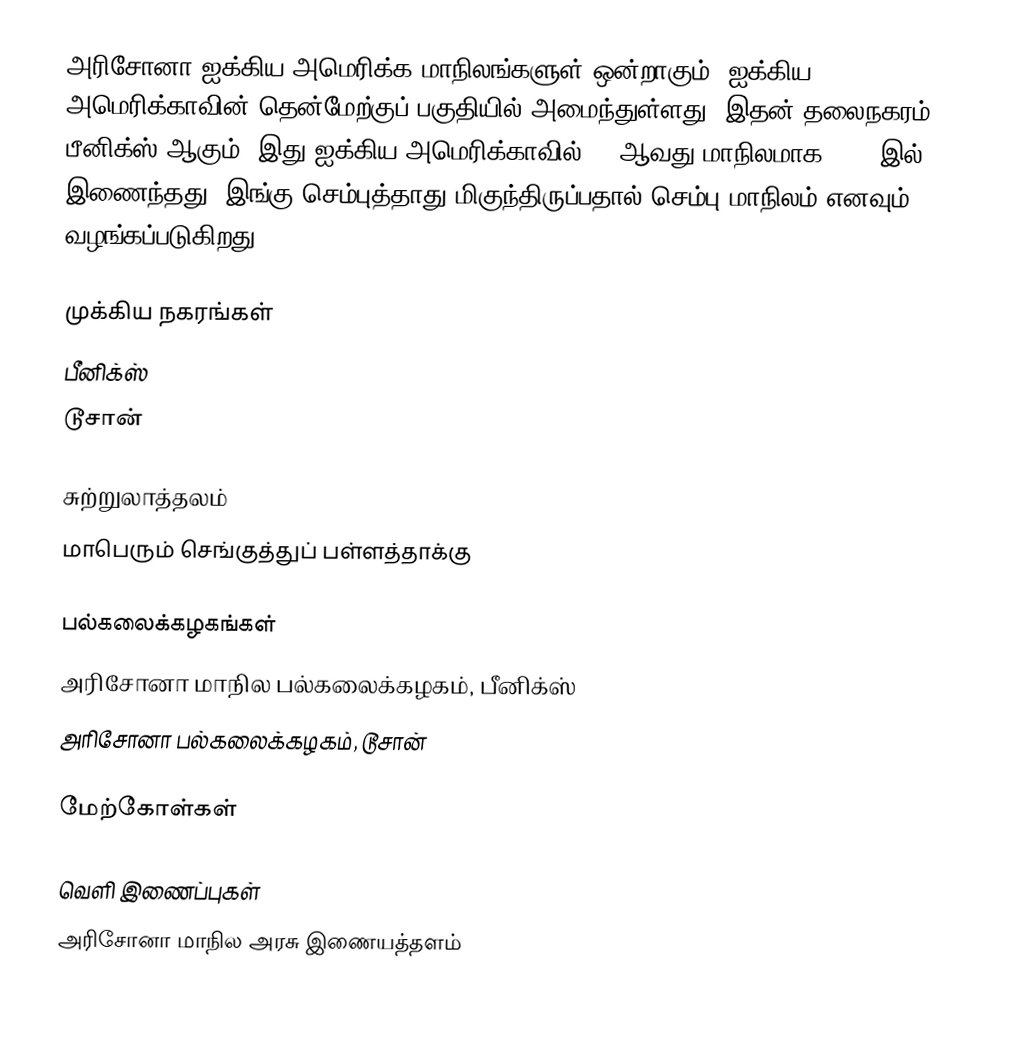
அரிசோனா ஐக்கிய அமெரிக்க மாநிலங்களுள் ஒன்றாகும். ஐக்கிய அமெரிக்காவின் தென்மேற்குப் பகுதியில் அமைந்துள்ளது. இதன் தலைநகரம் பீனிக்ஸ் ஆகும். இது ஐக்கிய அமெரிக்காவில் 48 ஆவது மாநிலமாக 1912 இல் இணைந்தது. இங்கு செம்புத்தாது மிகுந்திருப்பதால் செம்பு மாநிலம் எனவும் வழங்கப்படுகிறது.

முக்கிய நகரங்கள்
 பீனிக்ஸ்
 டூசான்

சுற்றுலாத்தலம்
 மாபெரும் செங்குத்துப் பள்ளத்தாக்கு

பல்கலைக்கழகங்கள்
 அரிசோனா மாநில பல்கலைக்கழகம், பீனிக்ஸ்
 அரிசோனா பல்கலைக்கழகம், டூசான்

மேற்கோள்கள்

வெளி இணைப்புகள்
 அரிசோனா மாநில அரசு இணையத்தளம்